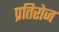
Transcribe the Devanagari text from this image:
प्रतिरोज